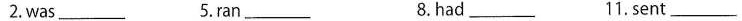
2.was___ 5.Ran ___8.had____ 11.sent ___